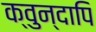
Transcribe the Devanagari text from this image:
क्वुन्दापि